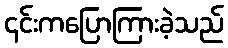
၎င်းကပြောကြားခဲ့သည်